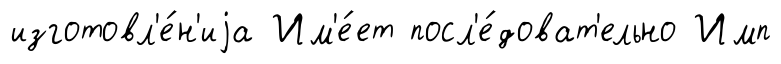
изготовл'е́н'иjа Им'е́ет посл'е́доват'ельно Имп